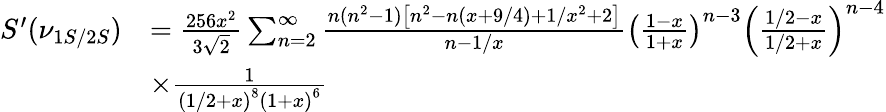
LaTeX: \begin{array}{rl}{S^{\prime}(\nu_{1S/2S})}&{=\frac{256x^{2}}{3\sqrt{2}}\sum_{n=2}^{\infty}\frac{n(n^{2}-1)\left[n^{2}-n(x+9/4)+1/x^{2}+2\right]}{n-1/x}\left(\frac{1-x}{1+x}\right)^{n-3}\left(\frac{1/2-x}{1/2+x}\right)^{n-4}}\\ &{\times\frac{1}{\left(1/2+x\right)^{8}\left(1+x\right)^{6}}}\end{array}